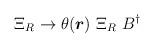
LaTeX: \begin{align*}\Xi_R \rightarrow \theta(\mbox{\boldmath$r$})~\Xi_R~B^\dag\end{align*}